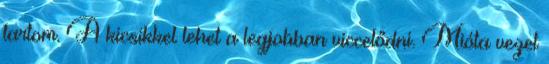
tartom. A kicsikkel lehet a legjobban viccelődni. Mióta vezet